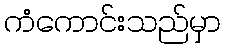
ကံကောင်းသည်မှာ